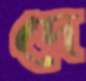
দে